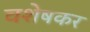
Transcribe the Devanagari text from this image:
वशेषकर